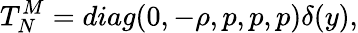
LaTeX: T_{N}^{M}=diag(0,-\rho,p,p,p)\delta(y),